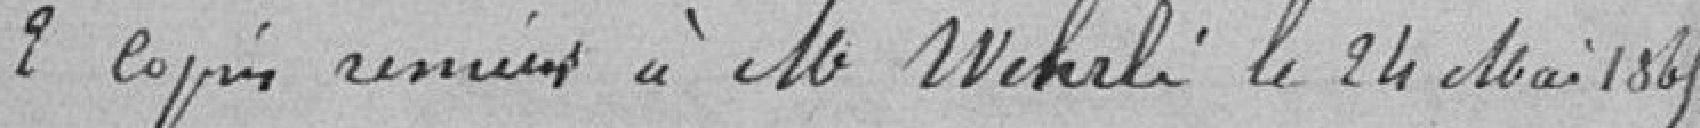
2 copies remises à Monsieur Wehrli le 24 Mai 1865.